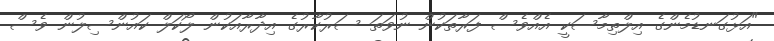
"އަޅުގަނޑުމެންގެ އިލްތިމާސަކީ އެއްވެސް ފަރާތަކުން ނުވަތަ ސަރުކާރުގެ އިދާރާއަކުން ލޯކަލް ކައުންސިލުން ވެސް